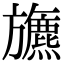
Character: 𣄦